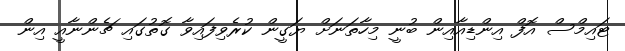
ޓައިމްސް އޮފް އިންޑިއާއިން ބުނީ މިހާތަނަށް ޔަގީން ކުރެވިފައިވާ ގޮތުގައި ޗެންނާއީ އިން